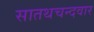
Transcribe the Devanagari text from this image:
सातथचन्दवार